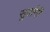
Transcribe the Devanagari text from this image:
सुर्यानी